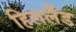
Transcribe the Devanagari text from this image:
हिललैंड